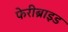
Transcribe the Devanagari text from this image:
फेरीब्राइड